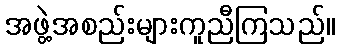
အဖွဲ့အစည်းများကူညီကြသည်။